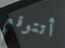
أتتوقع